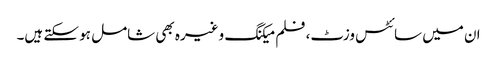
ان میں سائٹس وزٹ، فلم میکنگ وغیرہ بھی شامل ہو سکتے ہیں۔